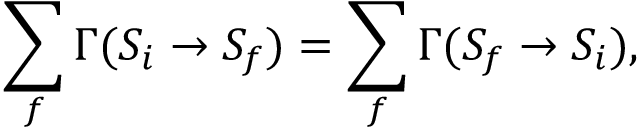
\sum _ { f } \Gamma ( S _ { i } \to S _ { f } ) = \sum _ { f } \Gamma ( S _ { f } \to S _ { i } ) ,